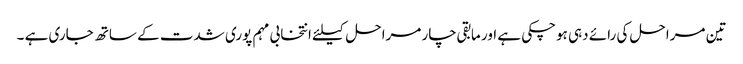
تین مراحل کی رائے دہی ہوچکی ہے اور مابقی چار مراحل کیلئے انتخابی مہم پوری شدت کے ساتھ جاری ہے ۔